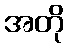
အတို